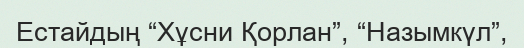
Естайдың “Хұсни Қорлан”, “Назымкүл”,